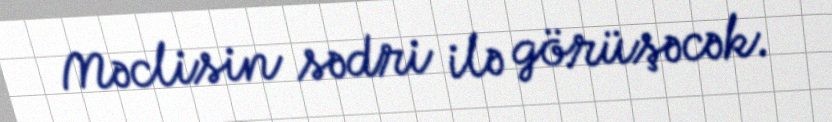
Məclisin sədri ilə görüşəcək.